Lunatic asylums Madras 1892-1911 - 1892-1911
Year: 1892
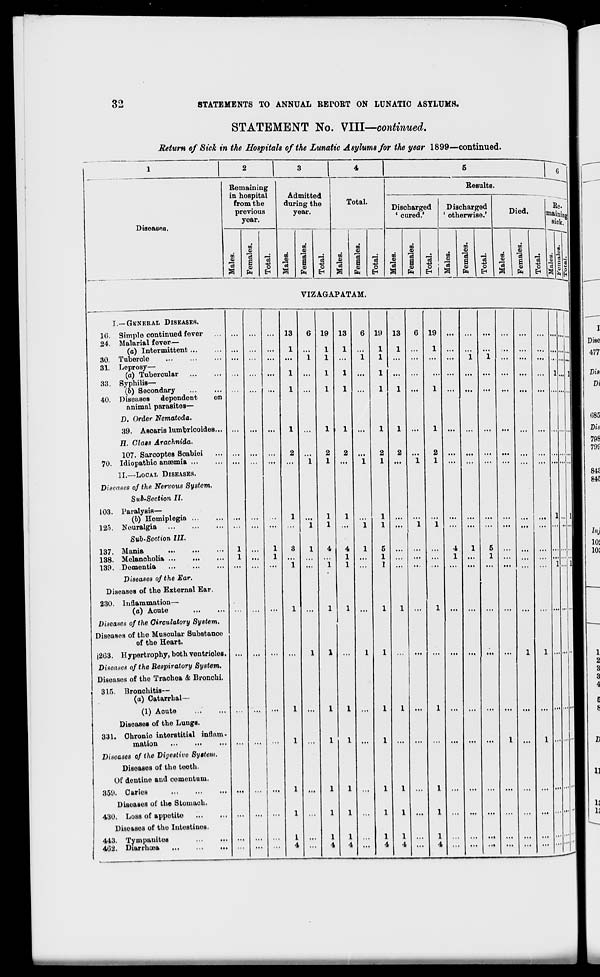
32
STATEMENTS TO ANNUAL BErORT ON LUNATIC ASYLUMS.
STATEMENT No. VIII—contirmed.
Return of Sick in the Hospitals of the Lunatic Asylums for the year 1899—continued.
Diseases.
Remaining
in hospital
from the
previous
year.
00
a
m
<0
"3
s
fa
Admitted
during the
year.
o
En
a
09
'a
B m
ft
o
EH
Total.
ID
a
00
<D
-3
a
<D
fa
o
EH
Results.
Discharged
' cured.'
09
•a
a
fa
Discharged
' otherwise.'
Died.
o
EH
09
"3
a
09
a
00
«? I .2
O I ."
fa | EH i a
09
»
-3
6
0)
fa
Re.
iaini
sick.
o
EH
VIZAGAPATAM.
I.—GKNERAL DISEASES.
16. Simple continued fever . .
24. Malarial fever—
(a) Intermittent...
30. Tubercle
81. Leprosy—
(a) Tubercular
33. Syphilis—
(6) Secondary
40. Diseases dependent
on
animal parasites—
D. Order Nematoda.
39. AsoarislumbricoideB...
H. Class Arachnida.
107. Sarcoptes Soabiei
70. Idiopathio anaemia
II,—LOCAL DISEASES.
Diseases of the Nervous System.
Sub-Section II.
103. Paralysis—
(b) Homiplegia
]2o. Nouralgia
Sub-Section III.
137. Mania
138. Melanoholia ...
130. Dementia
Diseases of the Ear.
Diseases of the External Ear.
230. Inflammation—
(o) Aouto
Diseases of the Circulatory System.
Diseases of the Muscular Substance
of the Heart.
J2U3. Hypertrophy, both ventrioles.
Diseases of the Respiratory System.
Diseases of the Traohea & Bronchi.
315. Bronchitis—
(a) Catarrhal—
(1) Acute
Diseases of the Lungs.
331. Chronic interstitial inflam-
mation
Diseases of the Digestive System.
Diseases of the teeth.
Of dontino and comentum.
350. Caries
Diseases of the Stomach.
•430. Loss of appetite
Diseases of the Intestines.
443. Tympanites
402. Diarrhoea
...
13
1
1
1
1
6 19
1
1
1
• •
1
• •
1
..
1
2
1
1
13
1
1
1
1
1
19
1
1
1
1
1
1 ...
13
1
1 ...
1
19
1
1... 1